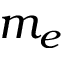
m _ { e }